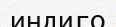
индиго